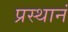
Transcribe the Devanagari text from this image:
प्रस्थानं